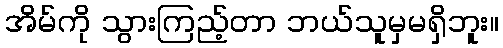
အိမ်ကို သွားကြည့်တာ ဘယ်သူမှမရှိဘူး။